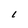
Character: L